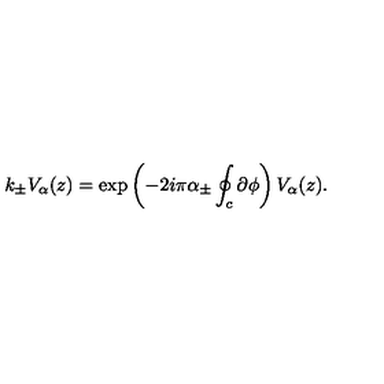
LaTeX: k _ { \pm } V _ { \alpha } ( z ) = \exp \left( - 2 i \pi \alpha _ { \pm } \oint _ { c } \partial \phi \right) V _ { \alpha } ( z ) .